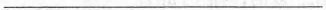
___